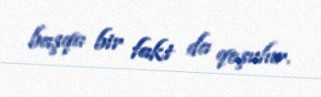
başqa bir fakt da qoşulur.